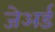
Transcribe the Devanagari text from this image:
जेअर्ड